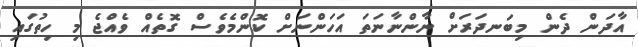
އާދަން ދެން މިބަނދަރަށް ނާންނާނަތަ އަހަންނަށް ކޮންމެވެސް ގޮތެއް ވެއްޖެ މި ހިތުގައި